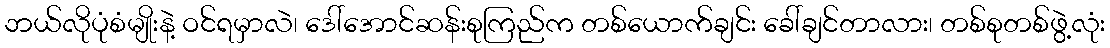
ဘယ်လိုပုံစံမျိုးနဲ့ ဝင်ရမှာလဲ၊ ဒေါ်အောင်ဆန်းစုကြည်က တစ်ယောက်ချင်း ခေါ်ချင်တာလား၊ တစ်စုတစ်ဖွဲ့လုံး